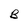
Character: B